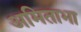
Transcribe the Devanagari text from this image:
अमिताभा